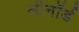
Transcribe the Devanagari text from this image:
लीनॉर्ड